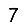
Digit: 7